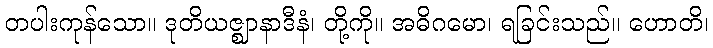
တပါးကုန်သော။ ဒုတိယဇ္ဈာနာဒီနံ၊ တို့ကို။ အဓိဂမော၊ ရခြင်းသည်။ ဟောတိ၊